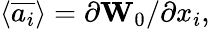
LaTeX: \left\langle\overline{{a_{i}}}\right\rangle=\partial\textbf{W}_{0}/\partial x_{i},